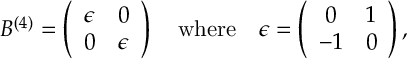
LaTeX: B ^ { ( 4 ) } = \left( \begin{array} { c c } { { \epsilon } } & { { 0 } } \\ { { 0 } } & { { \epsilon } } \end{array} \right) \quad \mathrm { w h e r e } \quad \epsilon = \left( \begin{array} { c c } { { 0 } } & { { 1 } } \\ { { - 1 } } & { { 0 } } \end{array} \right) ,